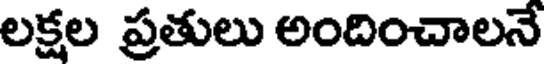
లక్షల ప్రతులు అందించాలనే